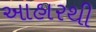
આહારથી